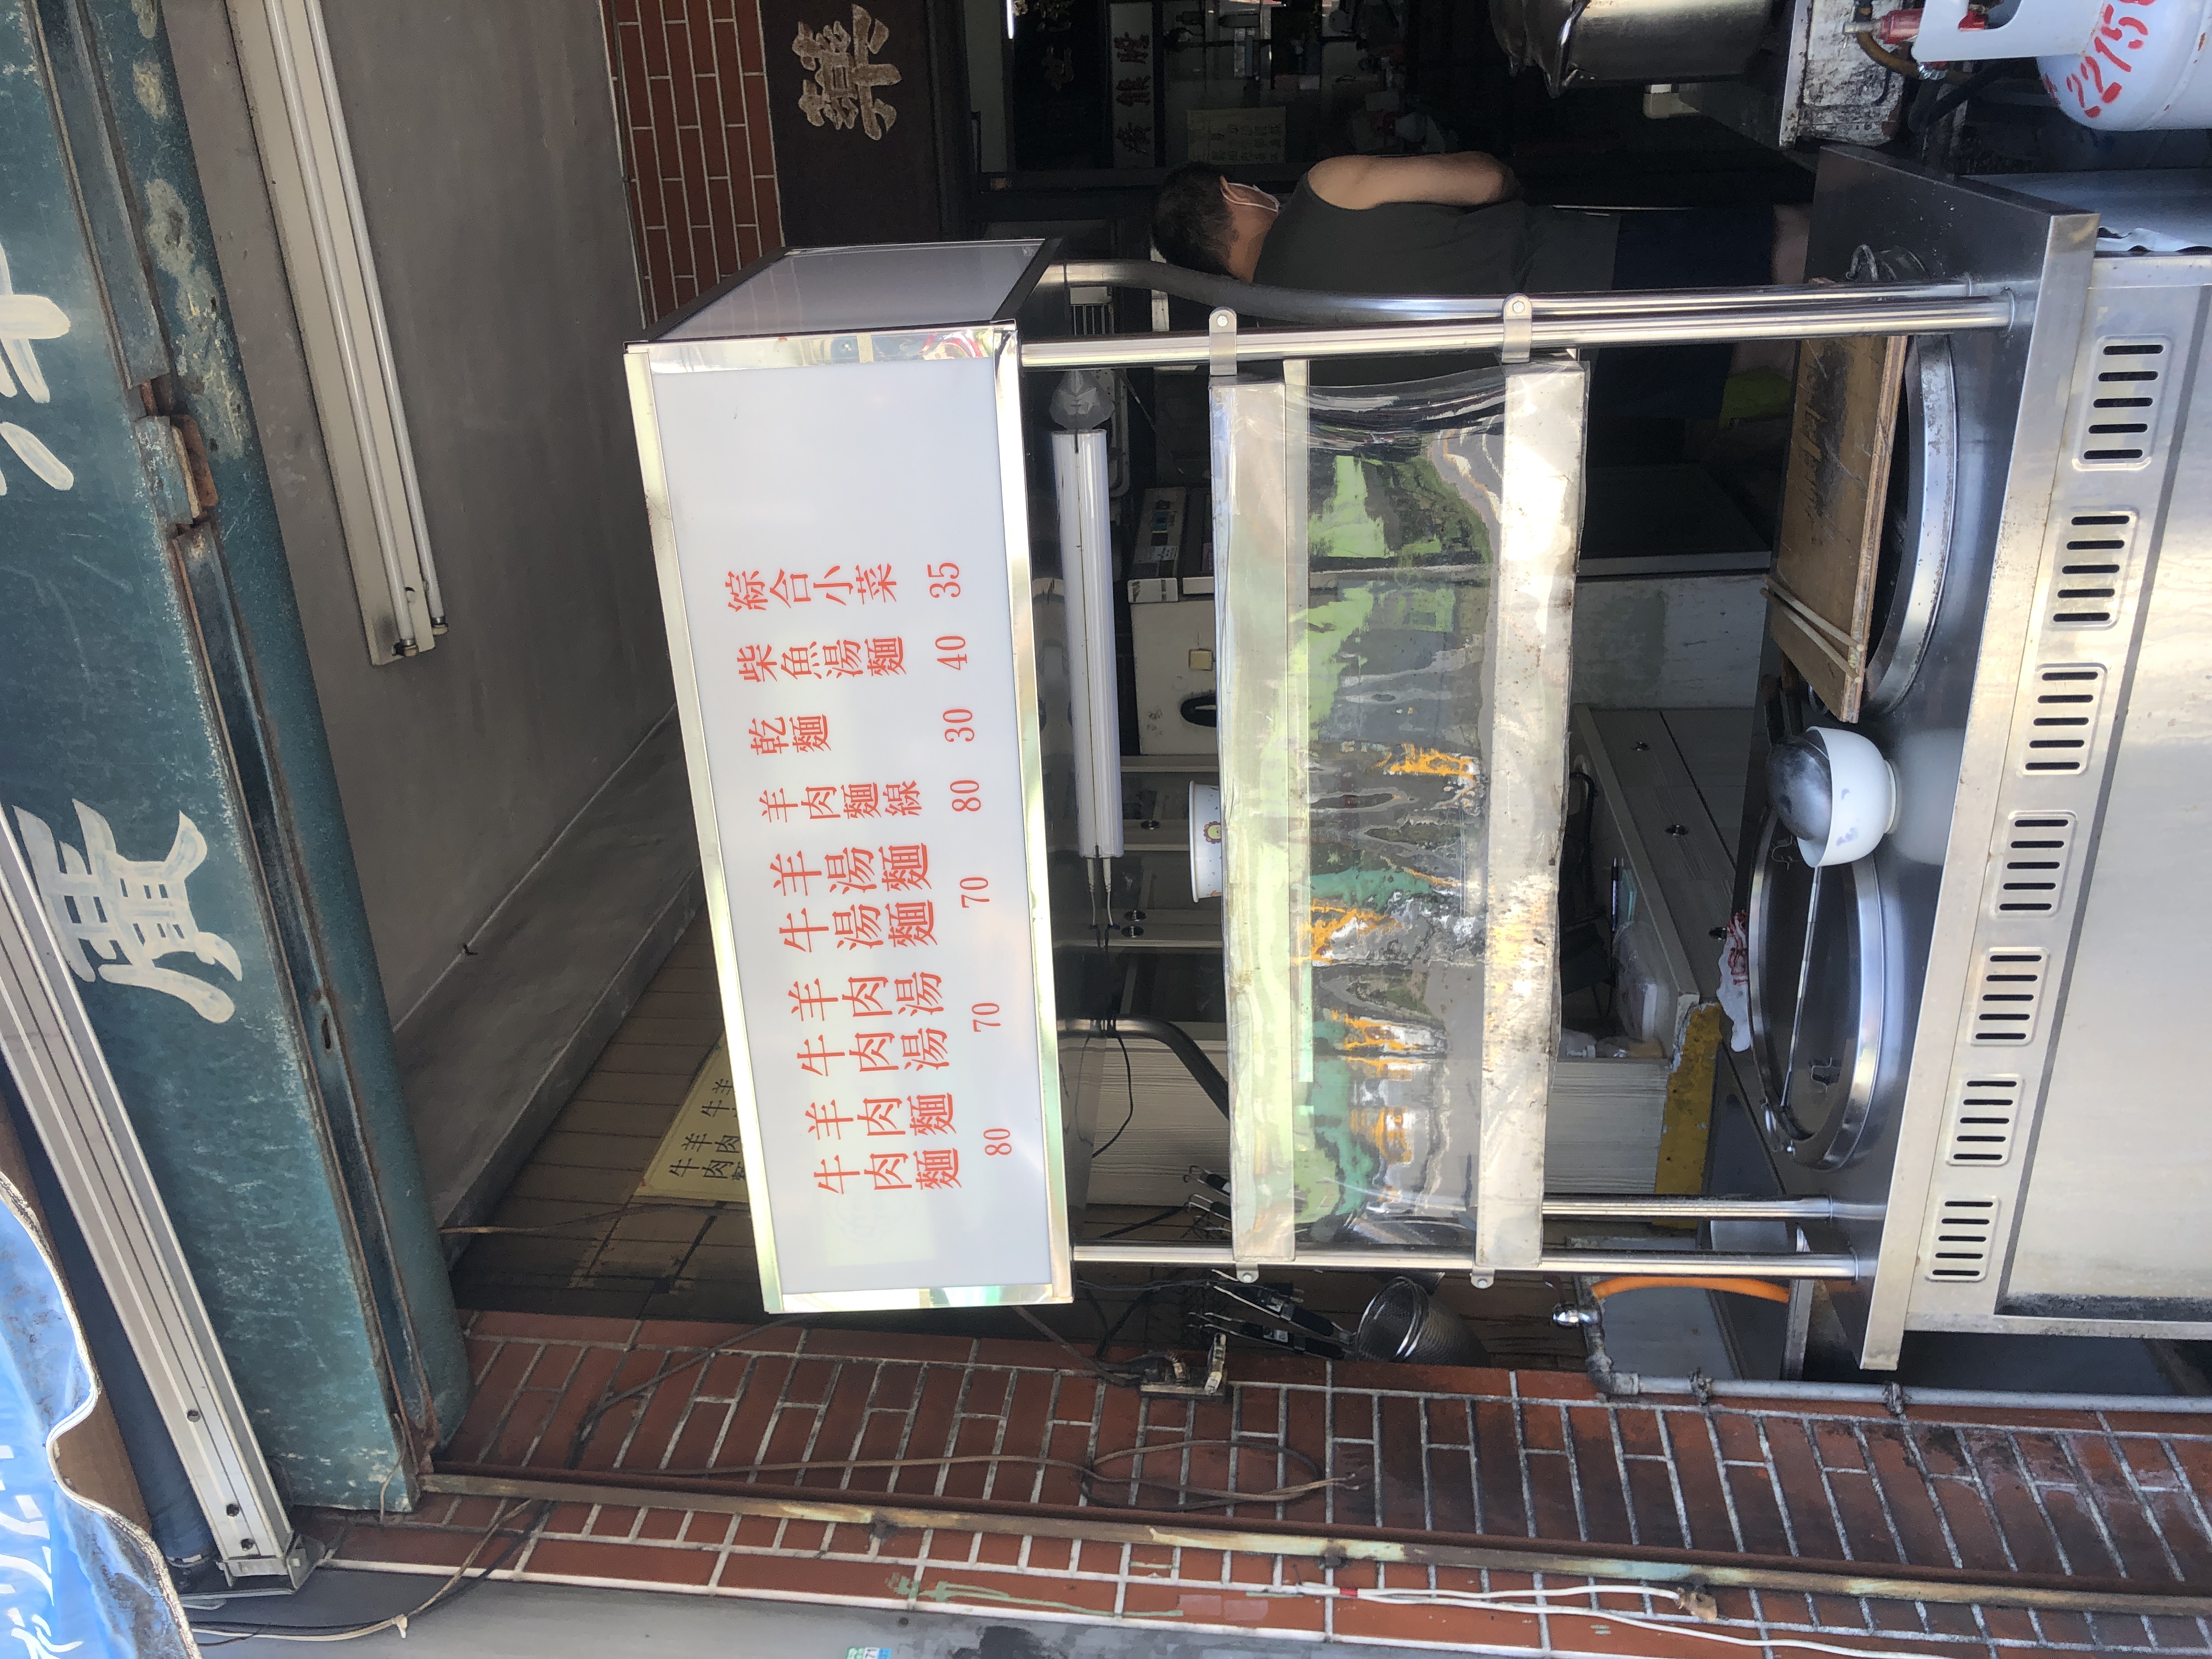
菜單：
name: Beef and lamb noodle
price: 80
name: Beef and lamb soup
price: 70
name: Beef and lamb soup noodle
price: 70
name: Lamb noodle
price: 80
name: Lamb soup noodle
price: 30
name: Mixed fish thick soup
price: 40
name: Small dishes
price: 35